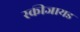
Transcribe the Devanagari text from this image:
स्कीजायड